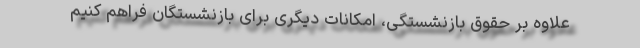
علاوه بر حقوق بازنشستگی، امکانات دیگری برای بازنشستگان فراهم کنیم